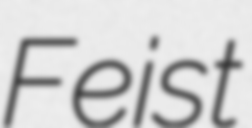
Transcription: Feist